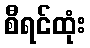
စီရင်ထုံး